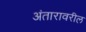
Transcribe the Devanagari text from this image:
अंतारावरील